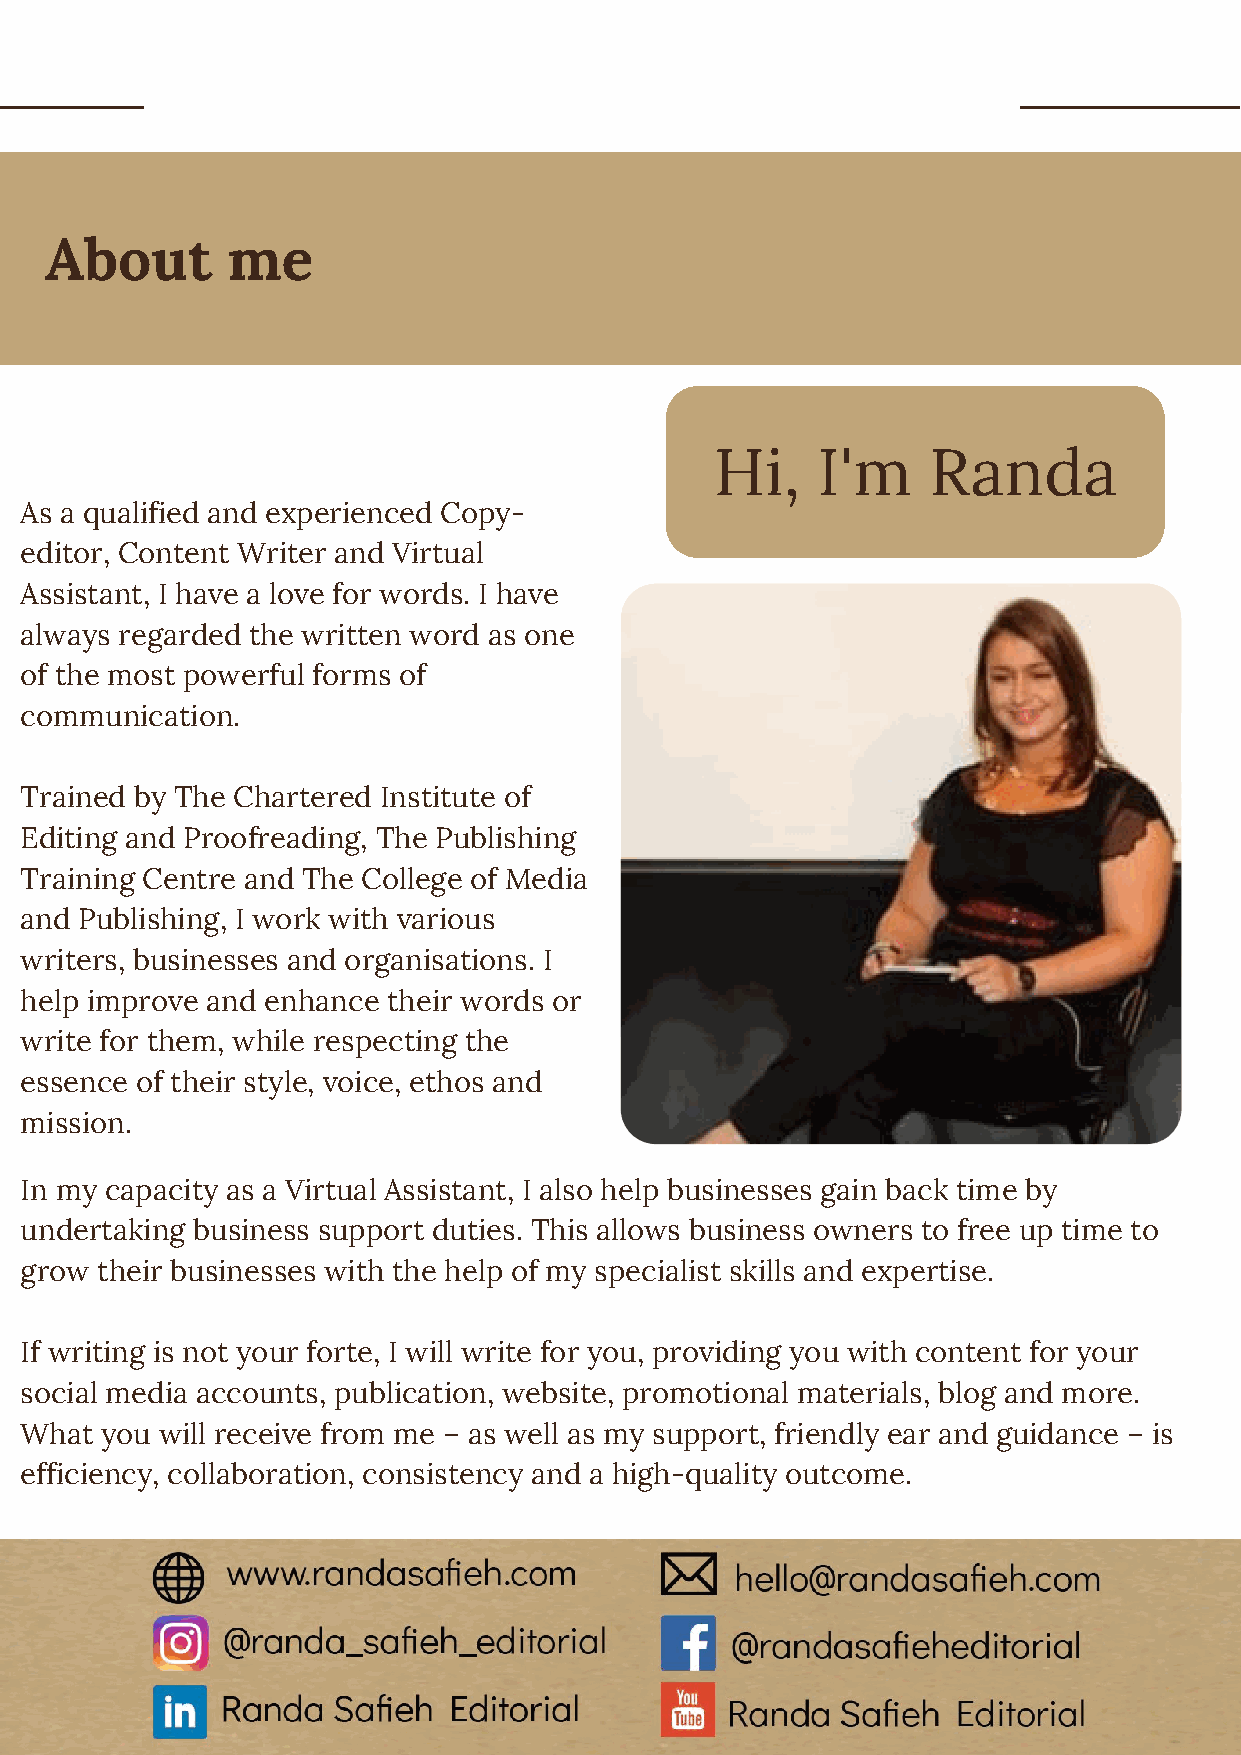
About       me
 Hi,    I'm    Randa
 As a qualified and experienced Copy-
 editor, Content Writer and Virtual
 Assistant, I have a love for words. I have
 always regarded the written word as one
 of the most powerful forms of
 communication.
 Trained by The Chartered Institute of
 Editing and Proofreading, The Publishing
 Training Centre and The College of Media
 and Publishing, I work with various
 writers, businesses and organisations. I
 help improve and enhance their words or
 write for them, while respecting the
 essence of their style, voice, ethos and
 mission.
 In my capacity as a Virtual Assistant, I also help businesses gain back time by
 undertaking business support duties. This allows business owners to free up time to
 grow their businesses with the help of my specialist skills and expertise.
 If writing is not your forte, I will write for you, providing you with content for your
 social media accounts, publication, website, promotional materials, blog and more.
 What  you will receive from me – as well as my support, friendly ear and guidance – is
 efficiency, collaboration, consistency and a high-quality outcome.